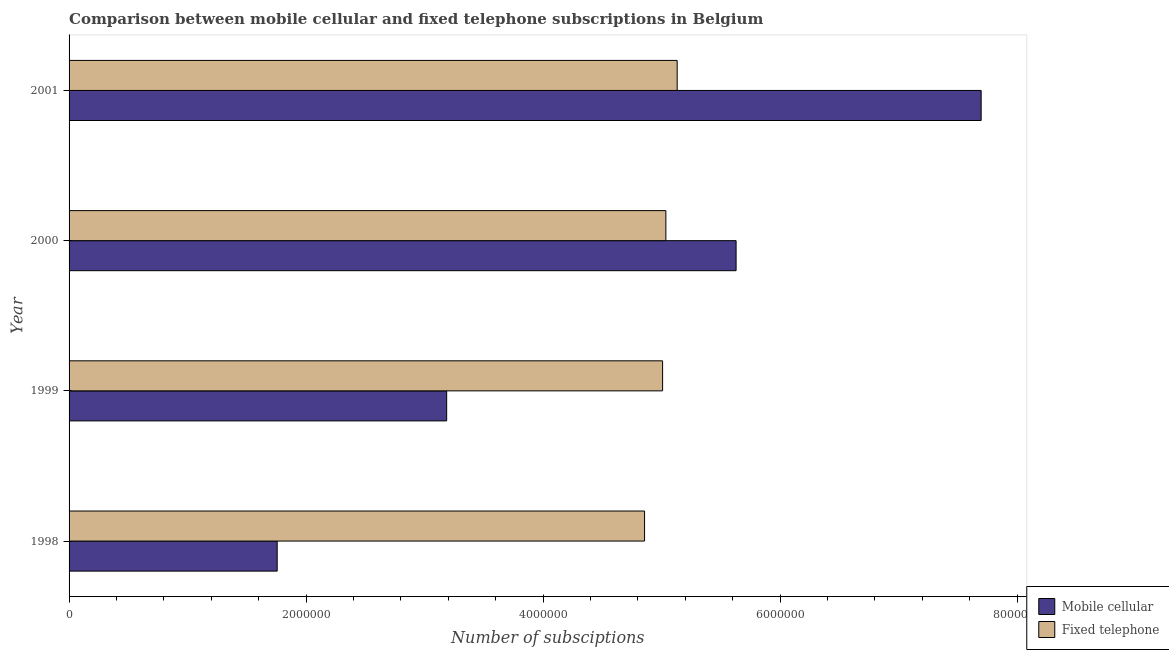
| Year | Mobile cellular | Fixed telephone |
 | --- | --- | --- |
 | 1998 | 1.76e+06 | 4.86e+06 |
 | 1999 | 3.19e+06 | 5.01e+06 |
 | 2000 | 5.63e+06 | 5.04e+06 |
 | 2001 | 7.7e+06 | 5.13e+06 |